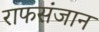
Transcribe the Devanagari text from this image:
राफसंजान